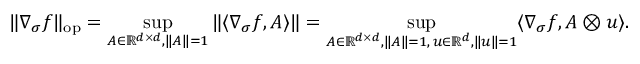
\| \nabla _ { \sigma } f \| _ { \mathrm { o p } } = \operatorname* { s u p } _ { A \in \mathbb R ^ { d \times d } , \| A \| = 1 } \| \langle \nabla _ { \sigma } f , A \rangle \| = \operatorname* { s u p } _ { \substack { A \in \mathbb R ^ { d \times d } , \| A \| = 1 , \, u \in \mathbb R ^ { d } , \| u \| = 1 } } \langle \nabla _ { \sigma } f , A \otimes u \rangle .